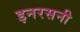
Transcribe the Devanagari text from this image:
इनरसनी